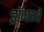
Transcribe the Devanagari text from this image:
ड्रॉमध्ये